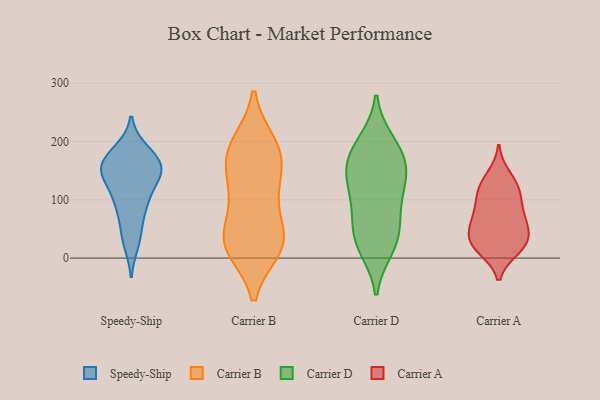
{"axis": {"x": "Market Share (%)", "y": "Value"}, "legend": ["Carrier A", "Carrier B", "Carrier D", "Speedy-Ship"], "data": [{"x": "", "y": 152, "type": "Speedy-Ship"}, {"x": "", "y": 102, "type": "Speedy-Ship"}, {"x": "", "y": 145, "type": "Speedy-Ship"}, {"x": "", "y": 152, "type": "Speedy-Ship"}, {"x": "", "y": 142, "type": "Speedy-Ship"}, {"x": "", "y": 145, "type": "Speedy-Ship"}, {"x": "", "y": 185, "type": "Speedy-Ship"}, {"x": "", "y": 171, "type": "Speedy-Ship"}, {"x": "", "y": 46, "type": "Speedy-Ship"}, {"x": "", "y": 83, "type": "Speedy-Ship"}, {"x": "", "y": 176, "type": "Speedy-Ship"}, {"x": "", "y": 25, "type": "Speedy-Ship"}, {"x": "", "y": 100, "type": "Speedy-Ship"}, {"x": "", "y": 17, "type": "Carrier B"}, {"x": "", "y": 33, "type": "Carrier B"}, {"x": "", "y": 166, "type": "Carrier B"}, {"x": "", "y": 21, "type": "Carrier B"}, {"x": "", "y": 196, "type": "Carrier B"}, {"x": "", "y": 170, "type": "Carrier B"}, {"x": "", "y": 107, "type": "Carrier B"}, {"x": "", "y": 127, "type": "Carrier B"}, {"x": "", "y": 102, "type": "Carrier B"}, {"x": "", "y": 179, "type": "Carrier B"}, {"x": "", "y": 26, "type": "Carrier B"}, {"x": "", "y": 28, "type": "Carrier B"}, {"x": "", "y": 36, "type": "Carrier B"}, {"x": "", "y": 195, "type": "Carrier B"}, {"x": "", "y": 139, "type": "Carrier D"}, {"x": "", "y": 176, "type": "Carrier D"}, {"x": "", "y": 189, "type": "Carrier D"}, {"x": "", "y": 54, "type": "Carrier D"}, {"x": "", "y": 198, "type": "Carrier D"}, {"x": "", "y": 85, "type": "Carrier D"}, {"x": "", "y": 28, "type": "Carrier D"}, {"x": "", "y": 18, "type": "Carrier D"}, {"x": "", "y": 149, "type": "Carrier D"}, {"x": "", "y": 127, "type": "Carrier D"}, {"x": "", "y": 32, "type": "Carrier D"}, {"x": "", "y": 95, "type": "Carrier D"}, {"x": "", "y": 155, "type": "Carrier D"}, {"x": "", "y": 19, "type": "Carrier A"}, {"x": "", "y": 90, "type": "Carrier A"}, {"x": "", "y": 78, "type": "Carrier A"}, {"x": "", "y": 141, "type": "Carrier A"}, {"x": "", "y": 26, "type": "Carrier A"}, {"x": "", "y": 122, "type": "Carrier A"}, {"x": "", "y": 64, "type": "Carrier A"}, {"x": "", "y": 16, "type": "Carrier A"}, {"x": "", "y": 55, "type": "Carrier A"}, {"x": "", "y": 33, "type": "Carrier A"}, {"x": "", "y": 25, "type": "Carrier A"}, {"x": "", "y": 110, "type": "Carrier A"}, {"x": "", "y": 119, "type": "Carrier A"}, {"x": "", "y": 55, "type": "Carrier A"}]}